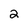
Character: 2